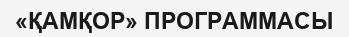
«ҚАМҚОР» ПРОГРАММАСЫ